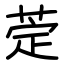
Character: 萣